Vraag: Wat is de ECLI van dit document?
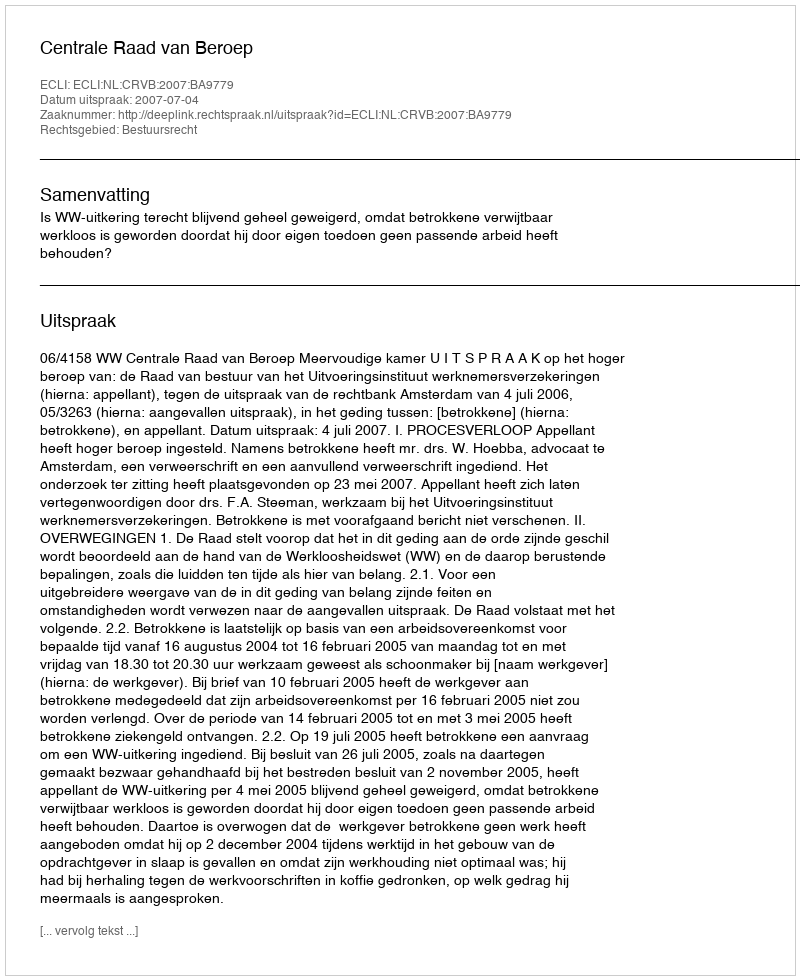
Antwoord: ECLI:NL:CRVB:2007:BA9779